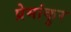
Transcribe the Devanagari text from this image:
प्रेमांकुर